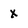
Character: X